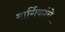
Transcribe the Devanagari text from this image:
मार्गिकांचे